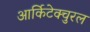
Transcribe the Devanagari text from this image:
आर्किटेक्चुरल